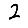
Digit: 2